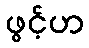
ဖွင့်ဟ